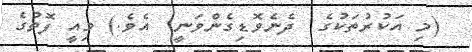
(މި އަކުރުތަކުގެ  ދެނެވޮޑިގެންވަނީ  އެވެ.) މިއީ ފޮތުގެ